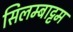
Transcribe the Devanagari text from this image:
सिलम्बाट्टम